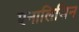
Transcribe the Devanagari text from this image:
एनालिसिन